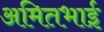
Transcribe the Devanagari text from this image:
अमितभाई